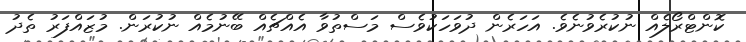
ކޮންޓްރޯލެއް ނުކުރެވުނެވެ. އަހަރެން ދުވަހަކުވެސް މަސްތުވާ އެއްޗެއް ބޭނުމެއް ނުކުރަން. މުޒައްފަރު ތެދު